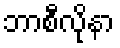
ဘာစီလိုနာ